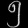
Digit: ၅